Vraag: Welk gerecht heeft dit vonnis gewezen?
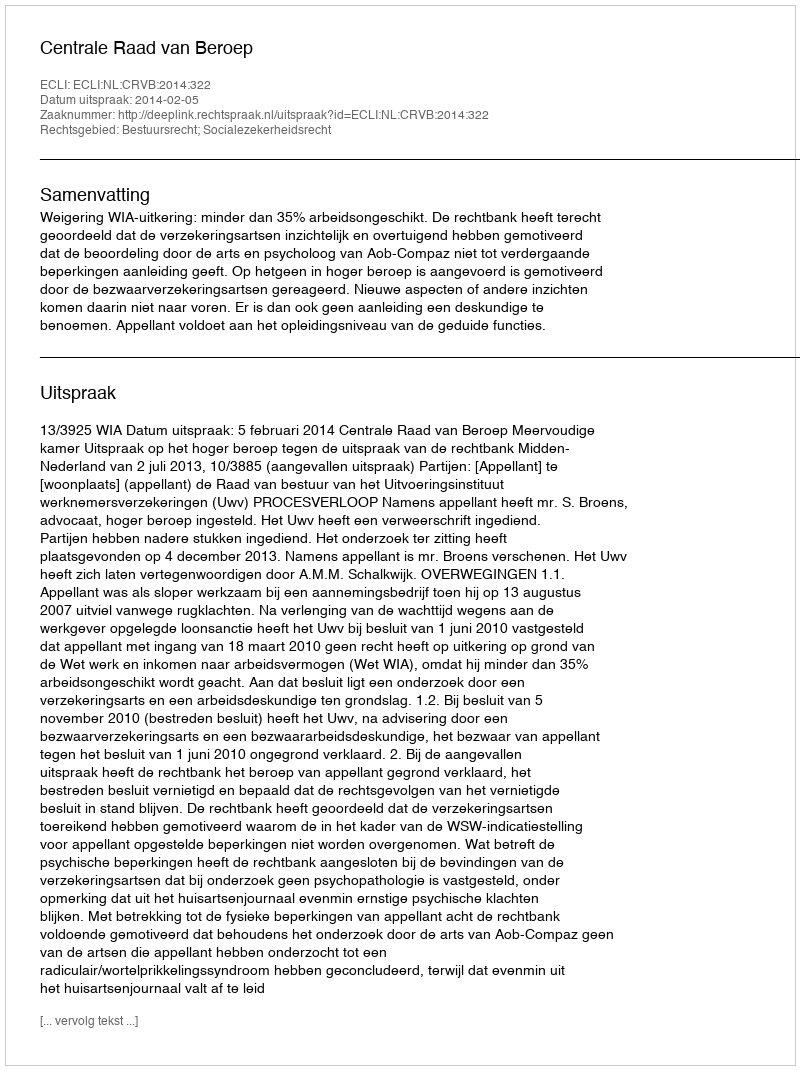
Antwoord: Centrale Raad van Beroep